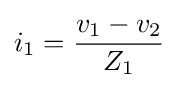
i_{1}={\frac {v_{1}-v_{2}}{Z_{1}}}